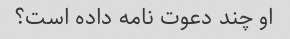
او چند دعوت نامه داده است؟